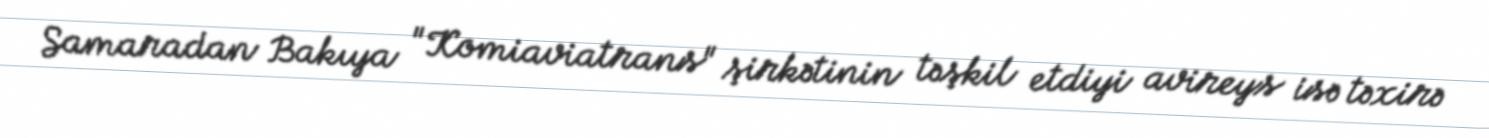
Samaradan Bakıya "Komiaviatrans" şirkətinin təşkil etdiyi avireys isə təxirə